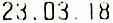
23.03.18